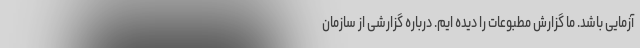
آزمایی باشد. ما گزارش مطبوعات را دیده ایم. درباره گزارشی از سازمان